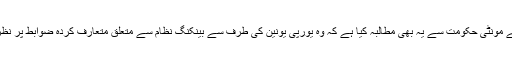
پی ڈی ایل نے مونٹی حکومت سے یہ بھی مطالبہ کیا ہے کہ وہ یورپی یونین کی طرف سے بینکنگ نظام سے متعلق متعارف کردہ ضوابط پر نظر ثانی کریں۔